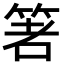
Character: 𥭻